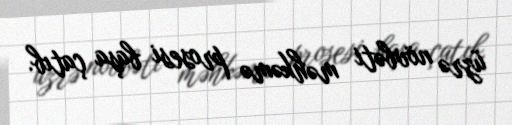
üzrə növbəti məhkəmə prosesi başa çatıb.